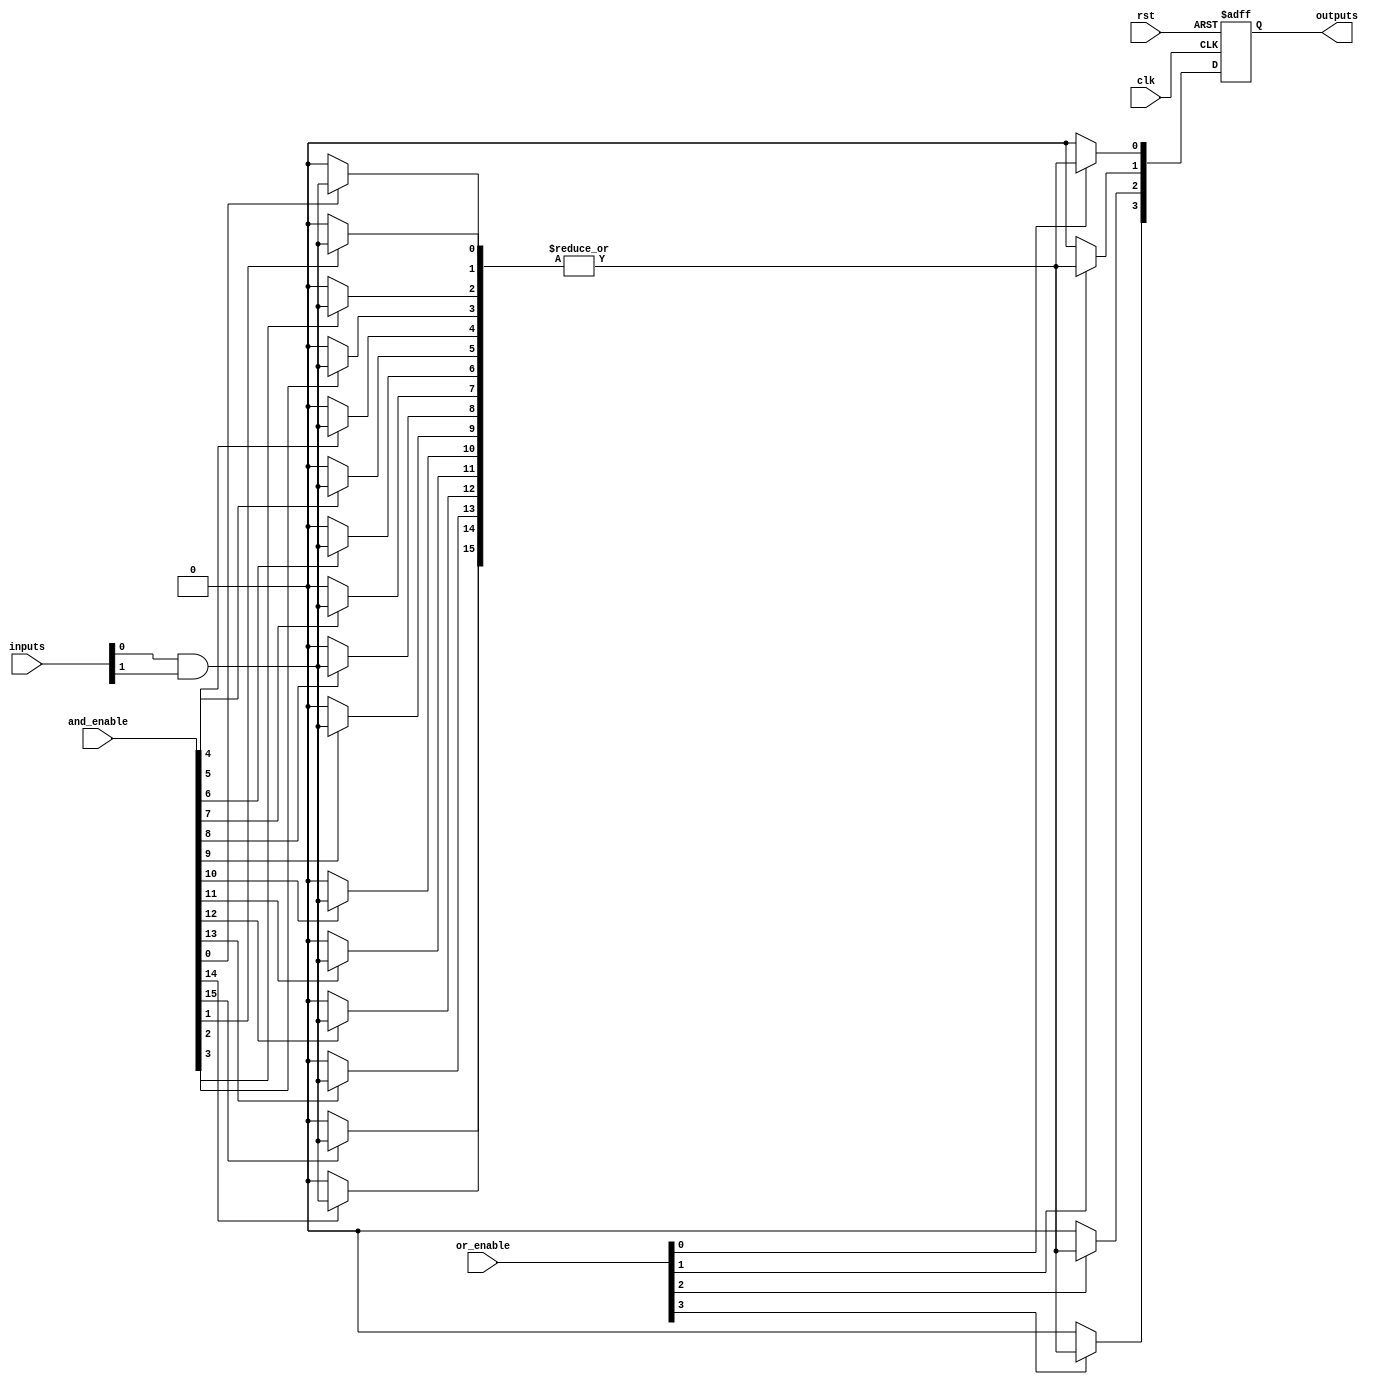
module RPAL #(
    parameter NUM_INPUTS = 8,     // Number of input signals
    parameter NUM_AND_TERMS = 16,  // Number of product terms
    parameter NUM_OUTPUTS = 4      // Number of outputs
)(
    input wire [NUM_INPUTS-1:0] inputs,          // Input lines
    input wire [NUM_AND_TERMS-1:0] and_enable,   // Control signals for AND array
    input wire [NUM_AND_TERMS-1:0] or_enable,    // Control signals for OR array
    input wire clk,                               // Clock input
    input wire rst,                               // Reset input
    output reg [NUM_OUTPUTS-1:0] outputs         // Output lines
);

// Intermediate product terms
wire [NUM_AND_TERMS-1:0] product_terms;

// Programmable AND array
genvar i, j;
generate
    for (i = 0; i < NUM_AND_TERMS; i = i + 1) begin : and_array
        assign product_terms[i] = (and_enable[i]) ? (inputs[0] & inputs[1]) : 1'b0; // Example: ANDing inputs[0] and inputs[1]
    end
endgenerate

// OR array
wire [NUM_OUTPUTS-1:0] or_terms;
generate
    for (j = 0; j < NUM_OUTPUTS; j = j + 1) begin : or_array
        assign or_terms[j] = (or_enable[j]) ? (|product_terms) : 1'b0; // Example: ORing product terms
    end
endgenerate

// Registered outputs
always @(posedge clk or posedge rst) begin
    if (rst) begin
        outputs <= 0; // Reset outputs
    end else begin
        outputs <= or_terms; // Capture OR terms in registers
    end
end

endmodule